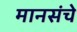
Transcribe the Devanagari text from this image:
मानसंचे